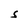
Character: S